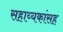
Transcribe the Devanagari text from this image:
सहाय्यकांसह